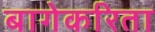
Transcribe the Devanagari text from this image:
बागेकरिता